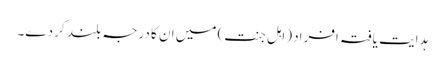
ہدایت یافتہ افراد (اہل جنت) میں ان کا درجہ بلند کر دے۔